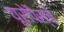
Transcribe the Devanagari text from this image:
यूरोपैस्चे